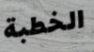
الخطبة